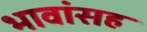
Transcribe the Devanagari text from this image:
भावांसह